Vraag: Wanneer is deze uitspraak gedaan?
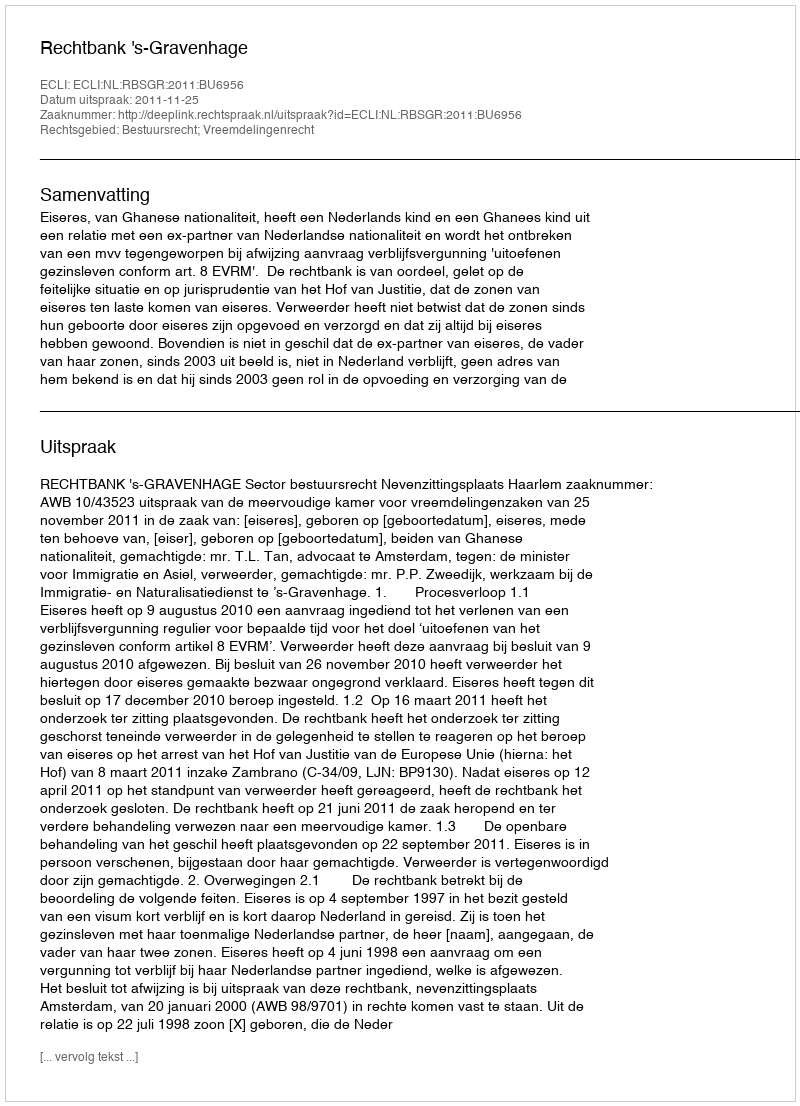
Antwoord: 2011-11-25